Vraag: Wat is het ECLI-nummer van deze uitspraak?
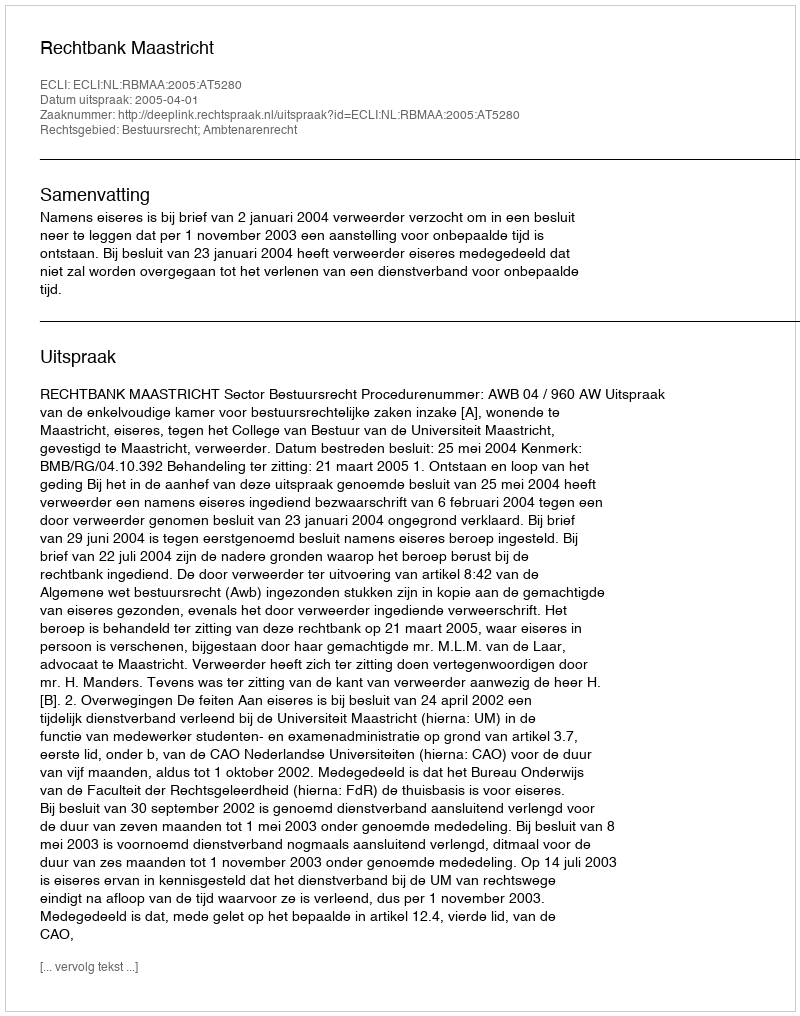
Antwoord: ECLI:NL:RBMAA:2005:AT5280